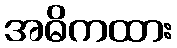
အဓိကထား